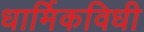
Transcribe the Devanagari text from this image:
धार्मिकविधी